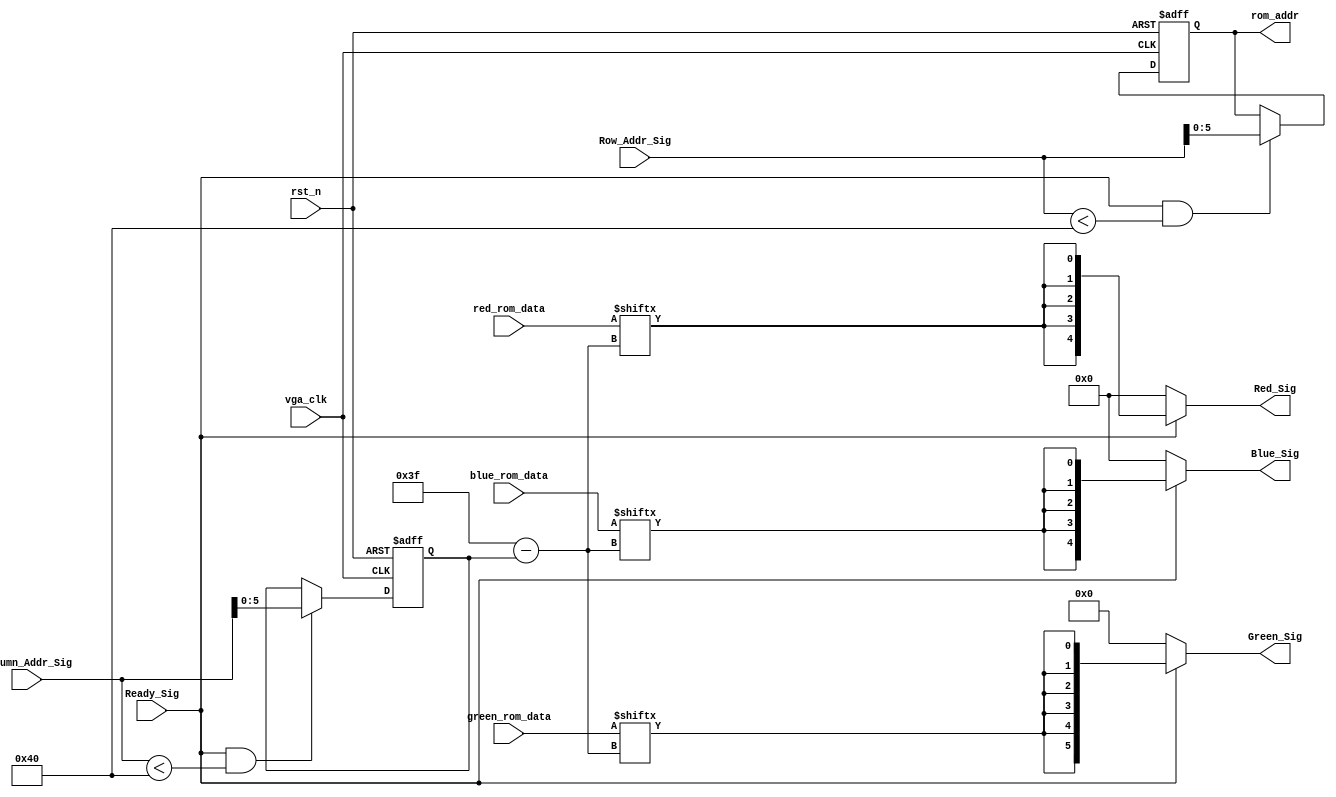
/*
064bit
164bit
...
...
6364bit
*/

module vga_control_module(
    vga_clk,
    rst_n,
    Ready_Sig,
    Column_Addr_Sig,
    Row_Addr_Sig,
    Red_Sig,
    Green_Sig,
    Blue_Sig,
    rom_addr,
    red_rom_data,
    green_rom_data,
    blue_rom_data
    );
    
    input vga_clk;
    input rst_n;
    
    input Ready_Sig;
    input [11:0] Column_Addr_Sig;   //
    input [11:0] Row_Addr_Sig;      //
    
    output [4:0] Red_Sig;
    output [5:0] Green_Sig;
    output [4:0] Blue_Sig;
    
    output [5:0] rom_addr;
    input [63:0] red_rom_data;
    input [63:0] green_rom_data;
    input [63:0] blue_rom_data;
    
    /*********************************/
    
    reg [5:0] y;
    
    always @(posedge vga_clk or negedge rst_n) begin
        if(!rst_n) begin
            y <= 6'd0;
        end
        else if(Ready_Sig && Row_Addr_Sig < 64)
            y <= Row_Addr_Sig[5:0];
    end
    
    reg [5:0] x;
    
    always @(posedge vga_clk or negedge rst_n) begin
        if(!rst_n) begin
            x <= 6'd0;
        end
        else if(Ready_Sig && Column_Addr_Sig < 64)
            x <= Column_Addr_Sig[5:0];
    end
    
    
    assign rom_addr = y;
    
    //ROM
    assign Red_Sig   = Ready_Sig ? {5{red_rom_data[6'd63-x]}} : {5{1'b0}};
    assign Green_Sig = Ready_Sig ? {6{green_rom_data[6'd63-x]}} : {6{1'b0}};
    assign Blue_Sig  = Ready_Sig ? {5{blue_rom_data[6'd63-x]}} : {5{1'b0}};
    
    
    //y=00 x:0~63
    //y=0,x=0:00:bit1,bit0
    
    
endmodule